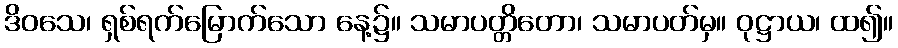
ဒိဝသေ၊ ရှစ်ရက်မြောက်သော နေ့၌။ သမာပတ္တိတော၊ သမာပတ်မှ။ ဝုဋ္ဌာယ၊ ထ၍။